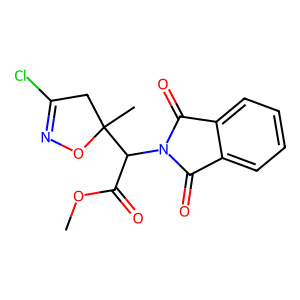
SMILES: COC(=O)C(N1C(=O)c2ccccc2C1=O)C1(C)CC(Cl)=NO1
Inhibits HIV replication: No